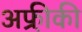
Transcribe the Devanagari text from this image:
अफ्री़की